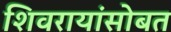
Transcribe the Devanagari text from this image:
शिवरायांसोबत